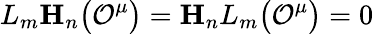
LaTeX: L_{m}\mathbf{H}_{n}\bigl({\cal O}^{\mu}\bigr)=\mathbf{H}_{n}L_{m}\bigl({\cal O}^{\mu}\bigr)=0